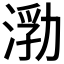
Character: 𰜙